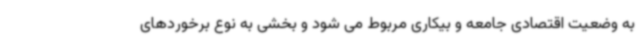
به وضعیت اقتصادی جامعه و بیکاری مربوط می شود و بخشی به نوع برخوردهای